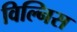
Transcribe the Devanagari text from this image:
विल्निस